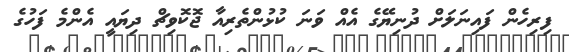
ފިރިހެން ފައިނަލަށް ދުނިޔޭގެ އެއް ވަނަ ކުޅުންތެރިއާ ޖޮކޮވިޗް ދިޔައީ އެންމެ ފަހުގެ